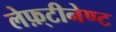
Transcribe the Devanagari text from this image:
लेफ़्टीनेण्ट